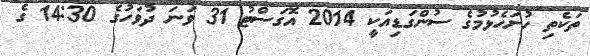
ތަކެތި ހުށަހެޅުމުގެ ސުންގަޑިއަކީ 2014 އޮގަސްޓު 31 ވަނަ ދުވަހުގެ 14:30 ގެ